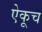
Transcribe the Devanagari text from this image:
ऐकूच